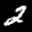
Label: 2